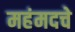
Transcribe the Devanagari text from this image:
महंमदचे